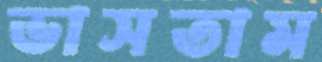
ভাসতাম